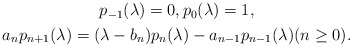
\begin{align*} \begin{gathered} p_{-1}(\lambda) = 0, p_0(\lambda) = 1, \\ a_n p_{n+1}(\lambda) = (\lambda - b_n) p_n(\lambda) - a_{n-1} p_{n-1}(\lambda) (n \geq 0). \end{gathered} \end{align*}